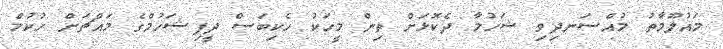
މައުލޫމާތު މުއްސަނދިވި ޝަހުމާ ދެކޮޅަށް ތިން މީހަކު ހެކިބަސް ދީފިޝަހުމްގެ މައްޗަށް ހުކުމް